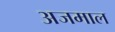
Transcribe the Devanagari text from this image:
अजमाल